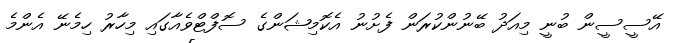
އޭސީސީން ބުނީ މިއަދު ބޭނުންކުރަން ފެށުނު އެކޮމިޝަންގެ ސޮފްޓްވެއާގައި މިހާރު ހިމެނޭ އެންމެ